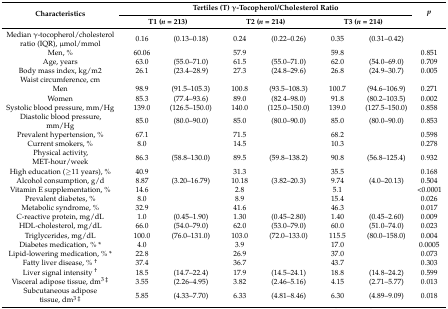
<table><thead><tr><td rowspan="2"><b>Characteristics</b></td><td colspan="6"><b>Tertiles (T) γ-Tocopherol/Cholesterol Ratio</b></td><td rowspan="2"><b><i>p</i></b></td></tr><tr><td colspan="2"><b>T1 (<i>n</i> = 213)</b></td><td colspan="2"><b>T2 (<i>n</i> = 214)</b></td><td colspan="2"><b>T3 (<i>n</i> = 214)</b></td></tr></thead><tbody><tr><td>Median γ-tocopherol/cholesterol ratio (IQR), μmol/mmol</td><td>0.16</td><td>(0.13–0.18)</td><td>0.24</td><td>(0.22–0.26)</td><td>0.35</td><td>(0.31–0.42)</td><td></td></tr><tr><td>Men, %</td><td>60.06</td><td></td><td>57.9</td><td></td><td>59.8</td><td></td><td>0.851</td></tr><tr><td>Age, years</td><td>63.0</td><td>(55.0–71.0)</td><td>61.5</td><td>(55.0–71.0)</td><td>62.0</td><td>(54.0–69.0)</td><td>0.709</td></tr><tr><td>Body mass index, kg/m2</td><td>26.1</td><td>(23.4–28.9)</td><td>27.3</td><td>(24.8–29.6)</td><td>26.8</td><td>(24.9–30.7)</td><td>0.005</td></tr><tr><td>Waist circumference, cm</td><td></td><td></td><td></td><td></td><td></td><td></td><td></td></tr><tr><td>Men</td><td>98.9</td><td>(91.5–105.3)</td><td>100.8</td><td>(93.5–108.3)</td><td>100.7</td><td>(94.6–106.9)</td><td>0.271</td></tr><tr><td>Women</td><td>85.3</td><td>(77.4–93.6)</td><td>89.0</td><td>(82.4–98.0)</td><td>91.8</td><td>(80.2–103.5)</td><td>0.002</td></tr><tr><td>Systolic blood pressure, mm/Hg</td><td>139.0</td><td>(126.5–150.0)</td><td>140.0</td><td>(125.0–150.0)</td><td>139.0</td><td>(127.5–150.0)</td><td>0.858</td></tr><tr><td>Diastolic blood pressure, mm/Hg</td><td>85.0</td><td>(80.0–90.0)</td><td>85.0</td><td>(80.0–90.0)</td><td>85.0</td><td>(80.0–90.0)</td><td>0.853</td></tr><tr><td>Prevalent hypertension, %</td><td>67.1</td><td></td><td>71.5</td><td></td><td>68.2</td><td></td><td>0.598</td></tr><tr><td>Current smokers, %</td><td>8.0</td><td></td><td>14.5</td><td></td><td>10.3</td><td></td><td>0.278</td></tr><tr><td>Physical activity, MET-hour/week</td><td>86.3</td><td>(58.8–130.0)</td><td>89.5</td><td>(59.8–138.2)</td><td>90.8</td><td>(56.8–125.4)</td><td>0.932</td></tr><tr><td>High education (≥11 years), %</td><td>40.9</td><td></td><td>31.3</td><td></td><td>35.5</td><td></td><td>0.168</td></tr><tr><td>Alcohol consumption, g/d</td><td>8.87</td><td>(3.20–16.79)</td><td>10.18</td><td>(3.82–20.3)</td><td>9.74</td><td>(4.0–20.13)</td><td>0.504</td></tr><tr><td>Vitamin E supplementation, %</td><td>14.6</td><td></td><td>2.8</td><td></td><td>5.1</td><td></td><td>&lt;0.0001</td></tr><tr><td>Prevalent diabetes, %</td><td>8.0</td><td></td><td>8.9</td><td></td><td>15.4</td><td></td><td>0.026</td></tr><tr><td>Metabolic syndrome, %</td><td>32.9</td><td></td><td>41.6</td><td></td><td>46.3</td><td></td><td>0.017</td></tr><tr><td>C-reactive protein, mg/dL</td><td>1.0</td><td>(0.45–1.90)</td><td>1.30</td><td>(0.45–2.80)</td><td>1.40</td><td>(0.45–2.60)</td><td>0.009</td></tr><tr><td>HDL-cholesterol, mg/dL</td><td>66.0</td><td>(54.0–79.0)</td><td>62.0</td><td>(53.0–79.0)</td><td>60.0</td><td>(51.0–74.0)</td><td>0.023</td></tr><tr><td>Triglycerides, mg/dL</td><td>100.0</td><td>(76.0–131.0)</td><td>103.0</td><td>(72.0–133.0)</td><td>115.5</td><td>(80.0–158.0)</td><td>0.004</td></tr><tr><td>Diabetes medication, % *</td><td>4.0</td><td></td><td>3.9</td><td></td><td>17.0</td><td></td><td>0.0005</td></tr><tr><td>Lipid-lowering medication, % *</td><td>22.8</td><td></td><td>26.9</td><td></td><td>37.0</td><td></td><td>0.073</td></tr><tr><td>Fatty liver disease, % <sup>†</sup></td><td>37.4</td><td></td><td>36.7</td><td></td><td>43.7</td><td></td><td>0.303</td></tr><tr><td>Liver signal intensity <sup>†</sup></td><td>18.5</td><td>(14.7–22.4)</td><td>17.9</td><td>(14.5–24.1)</td><td>18.8</td><td>(14.8–24.2)</td><td>0.599</td></tr><tr><td>Visceral adipose tissue, dm<sup>3 ‡</sup></td><td>3.55</td><td>(2.26–4.95)</td><td>3.82</td><td>(2.46–5.16)</td><td>4.15</td><td>(2.71–5.77)</td><td>0.013</td></tr><tr><td>Subcutaneous adipose tissue, dm<sup>3 ‡</sup></td><td>5.85</td><td>(4.33–7.70)</td><td>6.33</td><td>(4.81–8.46)</td><td>6.30</td><td>(4.89–9.09)</td><td>0.018</td></tr></tbody></table>